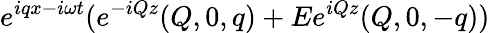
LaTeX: e^{iqx-i\omega t}(e^{-iQz}(Q,0,q)+Ee^{iQz}(Q,0,-q))